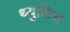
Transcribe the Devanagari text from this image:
थ्युलिस